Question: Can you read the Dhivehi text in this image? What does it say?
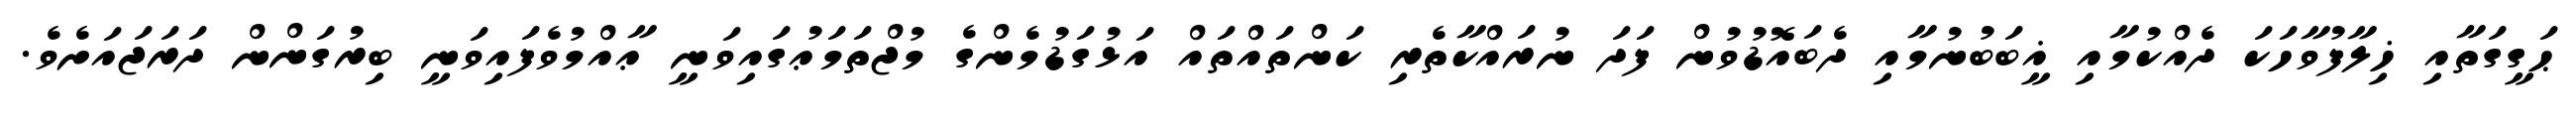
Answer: ޙަގީގަތާއި ޚިލާފުވާހަކަ ދެއްކުމާއި ޣީބަބުނުމާއި ދެބައޮޑުވުން ފަދަ ނުރައްކާތެރި ކަންތައްތައް އަޅުގަޑުމެންގެ މުޖްތަމަޢުގައިވަނީ ޢާއްމުވެފައިވަނީ ބިރުގަންން ދަރަޖައަށެވެ.